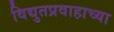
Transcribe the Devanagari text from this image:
विद्युतप्रवाहाच्या